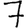
Digit: 7